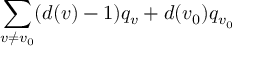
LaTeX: \sum _ { v \neq v _ { 0 } } ( d ( v ) - 1 ) q _ { v } + d ( v _ { 0 } ) q _ { v _ { 0 } }